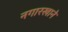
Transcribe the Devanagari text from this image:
नगारखाने